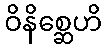
ဝိနိစ္ဆေဟိ